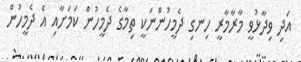
އަދި ވިދާޅުވީ މާރާމާރީ ހިނގި ދެމީހުންނަކީ ތިމާގެ ދެމީހުން ކަމަށާއި އެ ދެމީހުން